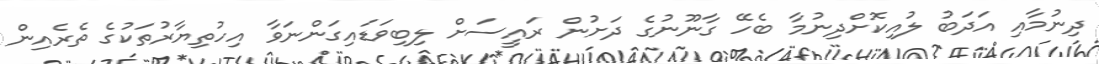
ދިނުމާއި އަދަބު ލުއިކޮށްދިނުމާ ބެހޭ ގާނޫނުގެ ދަށުން ރައީސަށް ލިބިވަޑައިގަންނަވާ އިހުތިޔާރުތަކުގެ ތެރެއިން